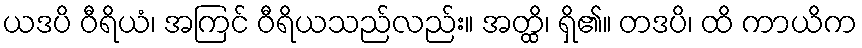
ယဒပိ ဝီရိယံ၊ အကြင် ဝီရိယသည်လည်း။ အတ္ထိ၊ ရှိ၏။ တဒပိ၊ ထိ ကာယိက